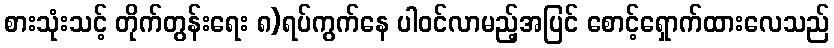
စားသုံးသင့် တိုက်တွန်းရေး ၈)ရပ်ကွက်နေ ပါဝင်လာမည့်အပြင် စောင့်ရှောက်ထားလေသည်